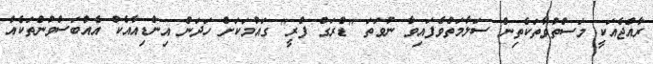
ރާއްޖެއަކީ މަސްތުވާތަކެތިން ސަލާމަތްވެފައިވާ ނުވަތަ "ޑްރަގް ފްރީ" ގައުމަކަށް ހަދަން އިންޑިއާއެކު އެއްބަސްވުންތަކެއް